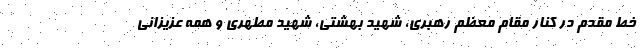
خط مقدم در کنار مقام معظم رهبری، شهید بهشتی، شهید مطهری و همه عزیزانی